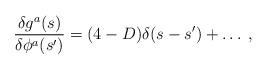
LaTeX: \begin{align*}\frac{\delta g^{a}(s)}{\delta \phi ^{a}(s')}=(4-D)\delta (s-s')+\ldots \: ,\end{align*}